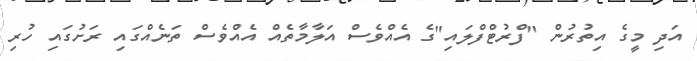
އަދި މީގެ އިތުރުން "ފްރުޓްފްލައި"ގެ އެއްވެސް އަލާމާތެއް އެއްވެސް ތަނެއްގައި ރަށުގައި ހުރި